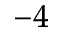
^ { - 4 }